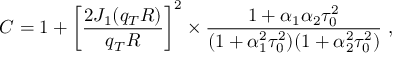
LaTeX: C = 1 + \left[ \frac { 2 J _ { 1 } ( q _ { T } R ) } { q _ { T } R } \right] ^ { 2 } \times \frac { 1 + \alpha _ { 1 } \alpha _ { 2 } \tau _ { 0 } ^ { 2 } } { ( 1 + \alpha _ { 1 } ^ { 2 } \tau _ { 0 } ^ { 2 } ) ( 1 + \alpha _ { 2 } ^ { 2 } \tau _ { 0 } ^ { 2 } ) } ~ ,